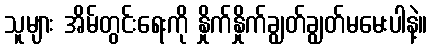
သူများ အိမ်တွင်းရေးကို နှိုက်နှိုက်ချွတ်ချွတ်မမေးပါနဲ့။